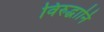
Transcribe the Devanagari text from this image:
विरुद्धानि